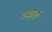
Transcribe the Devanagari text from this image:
शब्दा्चे